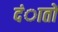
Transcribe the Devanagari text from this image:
दंातों